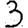
Digit: 3